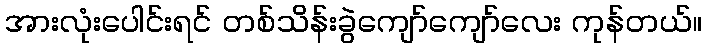
အားလုံးပေါင်းရင် တစ်သိန်းခွဲကျော်ကျော်လေး ကုန်တယ်။